Civil Veterinary Department. Madras. Admin. report 1926-33 - 1926-1933
Year: 1926
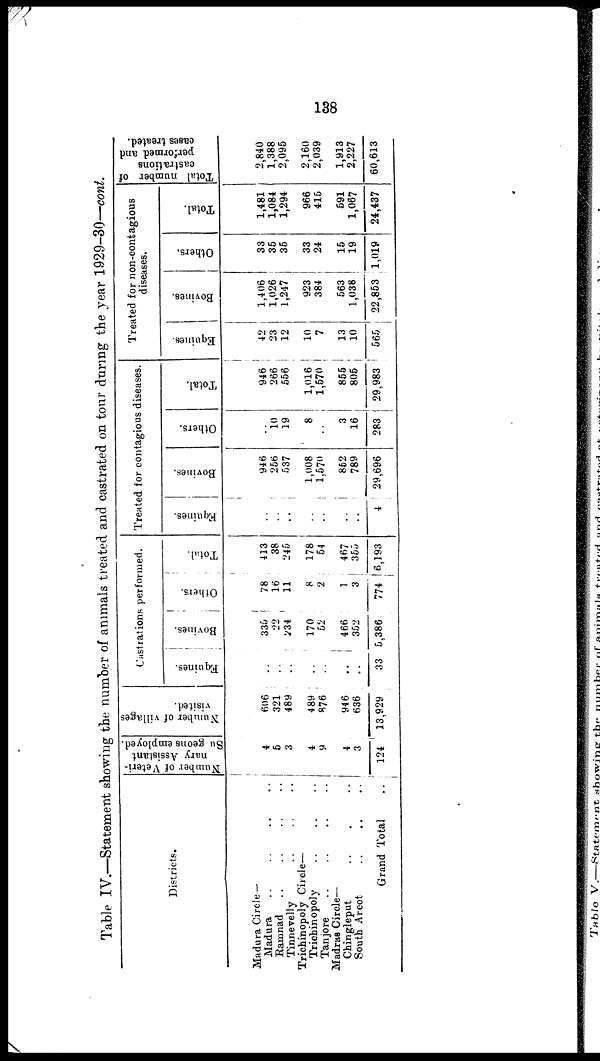
138
Table IV.—Statement showing the number of animals treated and castrated on tour during the year 1929-30—cont.
Districts.
Madura Circle —
Madura .. .. .. ..
Ramnad .. .. .. ..
Tinnevelly
..
..
..
..
Trichinopoly Circle—
Trichinopoly
..
..
..
Tanjore
..
..
..
..
Madras Circle—
Chingleput
..
. ..
South Arcot
..
..
..
Grand Total
Number of Veteri-
nary Assistant
Su geons employed.
4
5
3
4
9
4
3
124
Number of villages
visited.
606
321
489
489
876
946
636
13,929
Castrations performed.
Equines.
..
..
..
..
..
..
..
33
Bovines.
336
22
234
170
52
466
352
5,386
Others.
78
16
11
8
2
1
3
774
Total.
413
38
245
178
54
467
355
6,193
Treated for contagious diseases.
Equines.
..
..
..
..
..
..
..
4
Bovines.
946
256
537
1,008
1,570
862
789
29,696
Others.
..
10
19
8
..
3
16
283
Total.
946
266
556
1,016
1,570
855
805
29,983
Treated for non-contagious
diseases.
Equines.
42
23
12
10
7
13
10
565
Bovines.
1,406
1,026
1,247
923
384
563
1,038
22,853
Others.
33
35
35
33
24
15
19
1,019
Total.
1,481
1,084
1,294
966
415
591
1,067
24,437
Total number of
castrations
performed and
cases treated.
2,840
1,388
2,095
2,160
2,039
1,913
2,227
60,613